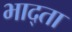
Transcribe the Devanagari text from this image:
भाद्ता